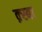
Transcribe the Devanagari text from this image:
क़्स्बा